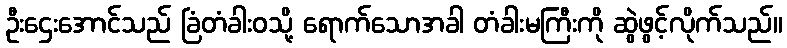
ဦးဌေးအောင်သည် ခြံတံခါးဝသို့ ရောက်သောအခါ တံခါးမကြီးကို ဆွဲဖွင့်လိုက်သည်။